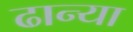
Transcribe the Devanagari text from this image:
ढान्या